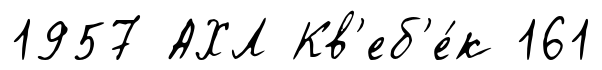
1957 АХЛ Кв'еб'е́к 161